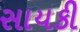
સાયકી